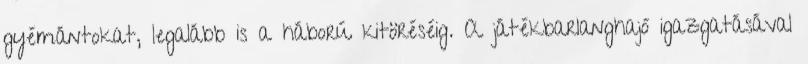
gyémántokat, legalább is a háború kitöréséig. A játékbarlanghajó igazgatásával